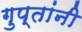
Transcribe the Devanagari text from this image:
गुप्तांनी